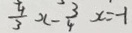
\frac { 4 } { 3 } x - \frac { 3 } { 4 } x = - 1